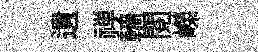
遺禅轖閲嶸